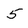
Character: 5